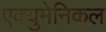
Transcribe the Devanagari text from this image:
एक्युमेनिकल